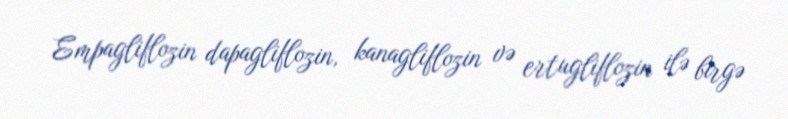
Empagliflozin dapagliflozin, kanagliflozin və ertugliflozin ilə birgə